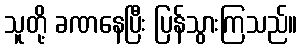
သူတို့ ခဏနေပြီး ပြန်သွားကြသည်။